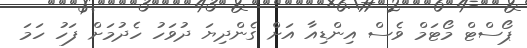
ޕޯސްޓް މޯޓަމް ވެސް އިންޑިއާ އަށް ގެންދިޔަ ދުވަހު ހެދުމަށް ފަހު ހަމަ